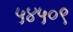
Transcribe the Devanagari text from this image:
५४५०९